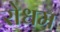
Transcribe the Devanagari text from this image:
रोधम